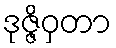
ဒုဇ္ဇိဝှတာ